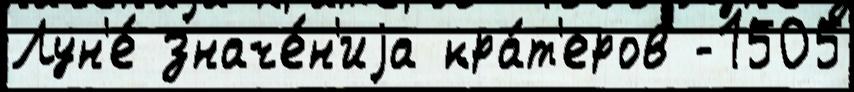
Лун'е́ значе́н'иjа кра́т'еров -1505